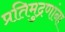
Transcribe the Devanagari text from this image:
प्रतिमुद्रणांना